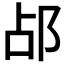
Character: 𬩷